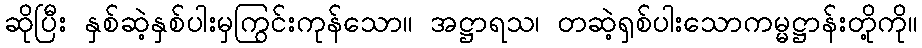
ဆိုပြီး နှစ်ဆဲ့နှစ်ပါးမှကြွင်းကုန်သော။ အဋ္ဌာရသ၊ တဆဲ့ရှစ်ပါးသောကမ္မဋ္ဌာန်းတို့ကို။